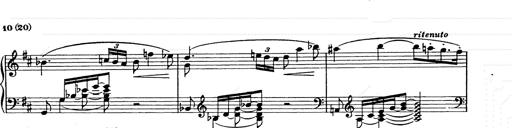
Title: Ballade No.2
Composer: Jan Skrzydlewski
Key: B minor